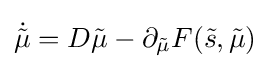
{\dot {\tilde {\mu }}}=D{\tilde {\mu }}-\partial _{\tilde {\mu }}F({\tilde {s}},{\tilde {\mu }})